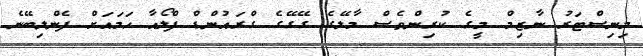
މިނިސްޓަރު ނާޒިމް މީގެ ކުރިންވެސް މާލޭގެ ގޭގޭގެ ގްރައުންޑް ފްލޯއާ ހަމައަށް ފެންލިބޭނެ